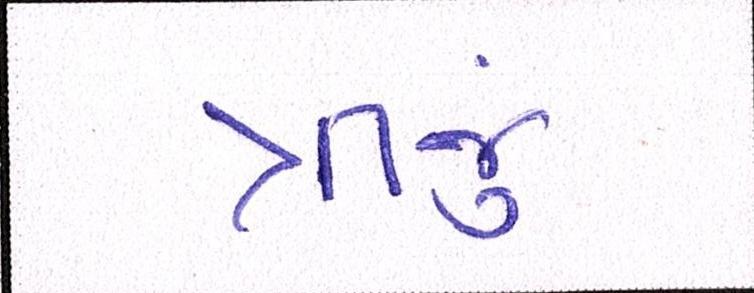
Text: ત્રીજું